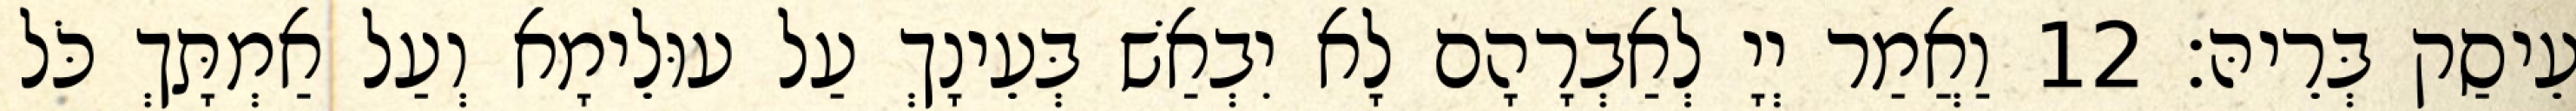
עֵיסַק בְּרֵיהּ׃ 12 וַאֲמַר יְיָ לְאַבְרָהָם לָא יִבְאַשׁ בְּעֵינָךְ עַל עוּלֵימָא וְעַל אַמְתָּךְ כֹּל